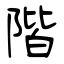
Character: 階